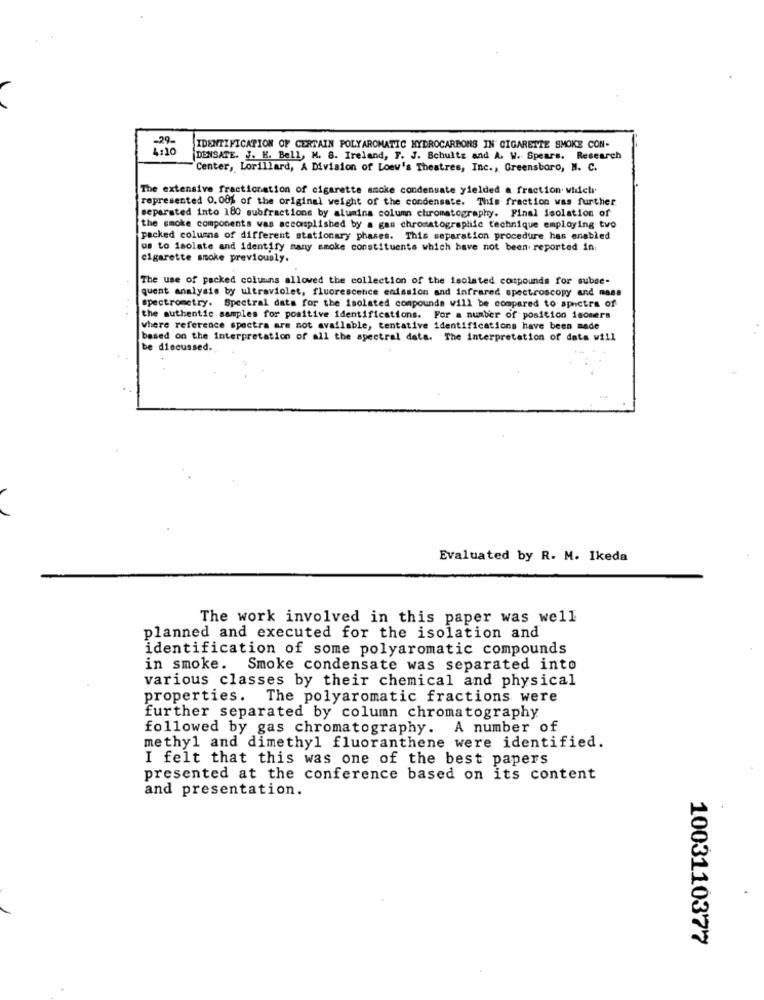
IDENTIFICATION OF CERTAIN POLYAROMATIC HYDROCARBONS IN CIGARETTE SMOKE CON-
DENSATE. J. K. Bell, M. 8. Ireland, F. J. Schultz and A. W. Spears. Research
Center, Lorillard, A Division of Loew's Theatres, Inc ., Greensboro, N. C.
The extensive fractionation of cigarette smoke condensate yielded a fraction widch
represented 0.001 of the original weight of the condensate. This fraction was further
separated into 180 subfractions by alumina column chromatography. Final isolation of
the smoke components was accomplished by a gas chromatographie technique employing two
packed columns of different stationary phases. This separation procedure has enabled
us to isolate and identify many smoke constituents which have not been reported in.
cigarette smoke previously.
The use of packed columns allowed the collection of the isolated compounds for subse-
quent analysis by ultraviolet, fluorescence emission and infrared spectroscopy and mass
spectrometry. Spectral data for the isolated compounds will be compared to spectra of
the authentic samples for positive identifications. For a number of position isomers
where reference spectra are not available, tentative identifications have been made
based on the Interpretation of all the spectral data. The interpretation of data will
be discussed.
Evaluated by R. M. Ikeda
The work involved in this paper was well
planned and executed for the isolation and
identification of some polyaromatic compounds
in smoke.
Smoke condensate was separated into
various classes by their chemical and physical
properties. The polyaromatic fractions were
further separated by column chromatography
followed by gas chromatography. A number of
methyl and dimethyl fluoranthene were identified.
I felt that this was one of the best papers
presented at the conference based on its content
and presentation.
1003110377